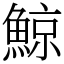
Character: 鯨